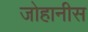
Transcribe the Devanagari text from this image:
जोहानीस